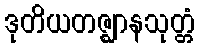
ဒုတိယတဇ္ဈာနသုတ္တံ